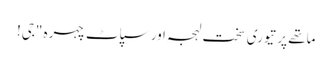
ماتھے پر تیوری سخت لہجہ اور سپاٹ چہرہ "جی!